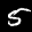
Label: 5